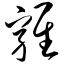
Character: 鸡